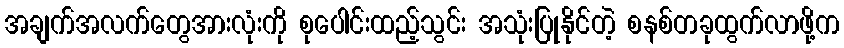
အချက်အလက်တွေအားလုံးကို စုပေါင်းထည့်သွင်း အသုံးပြုနိုင်တဲ့ စနစ်တခုထွက်လာဖို့က